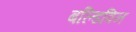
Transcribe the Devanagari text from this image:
बल्डिविन